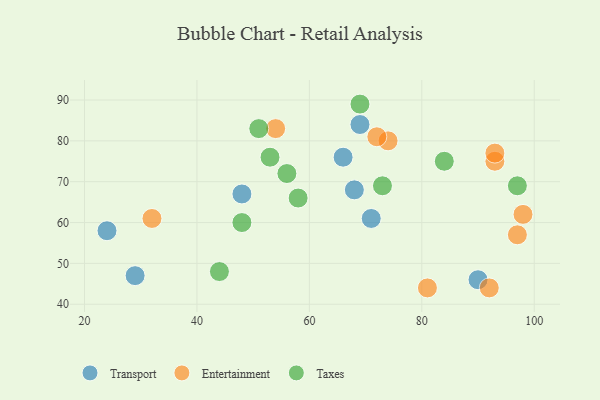
{"axis": {"x": "GDP", "y": "Life Expectancy"}, "legend": ["Entertainment", "Taxes", "Transport"], "data": [{"x": "68", "y": 68, "type": "Transport"}, {"x": "48", "y": 67, "type": "Transport"}, {"x": "66", "y": 76, "type": "Transport"}, {"x": "29", "y": 47, "type": "Transport"}, {"x": "24", "y": 58, "type": "Transport"}, {"x": "69", "y": 84, "type": "Transport"}, {"x": "90", "y": 46, "type": "Transport"}, {"x": "71", "y": 61, "type": "Transport"}, {"x": "32", "y": 61, "type": "Entertainment"}, {"x": "74", "y": 80, "type": "Entertainment"}, {"x": "72", "y": 81, "type": "Entertainment"}, {"x": "97", "y": 57, "type": "Entertainment"}, {"x": "98", "y": 62, "type": "Entertainment"}, {"x": "92", "y": 44, "type": "Entertainment"}, {"x": "93", "y": 75, "type": "Entertainment"}, {"x": "54", "y": 83, "type": "Entertainment"}, {"x": "93", "y": 77, "type": "Entertainment"}, {"x": "81", "y": 44, "type": "Entertainment"}, {"x": "56", "y": 72, "type": "Taxes"}, {"x": "97", "y": 69, "type": "Taxes"}, {"x": "69", "y": 89, "type": "Taxes"}, {"x": "44", "y": 48, "type": "Taxes"}, {"x": "58", "y": 66, "type": "Taxes"}, {"x": "51", "y": 83, "type": "Taxes"}, {"x": "73", "y": 69, "type": "Taxes"}, {"x": "48", "y": 60, "type": "Taxes"}, {"x": "84", "y": 75, "type": "Taxes"}, {"x": "53", "y": 76, "type": "Taxes"}]}